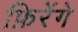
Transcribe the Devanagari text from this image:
फ़िरेंगे